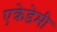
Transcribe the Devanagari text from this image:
एक्रेडेमी